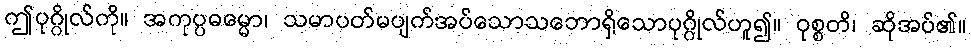
ဤပုဂ္ဂိုလ်ကို။ အကုပ္ပဓမ္မော၊ သမာပတ်မပျက်အပ်သောသဘောရှိသောပုဂ္ဂိုလ်ဟူ၍။ ဝုစ္စတိ၊ ဆိုအပ်၏။